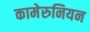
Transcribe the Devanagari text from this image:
कामेरुनियन